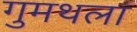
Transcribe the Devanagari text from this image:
गुमथला